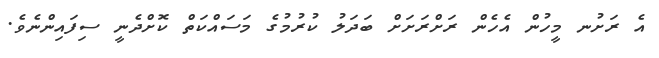
އެ ރަށުނ މީހުން އެހެން ރަށްރަށަށް ބަދަލު ކުރުމުގެ މަސައްކަތް ކޮށްދެނީ ސިފައިންނެވެ.